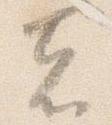
者